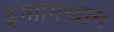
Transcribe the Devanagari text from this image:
इमाामखान